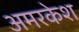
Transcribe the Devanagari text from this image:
अमरकेश